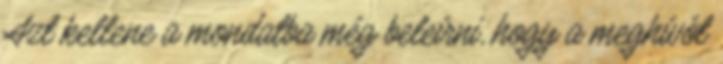
Azt kellene a mondatba még beleírni, hogy a meghívót